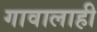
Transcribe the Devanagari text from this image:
गावालाही